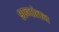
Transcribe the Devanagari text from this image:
शब्दांतच